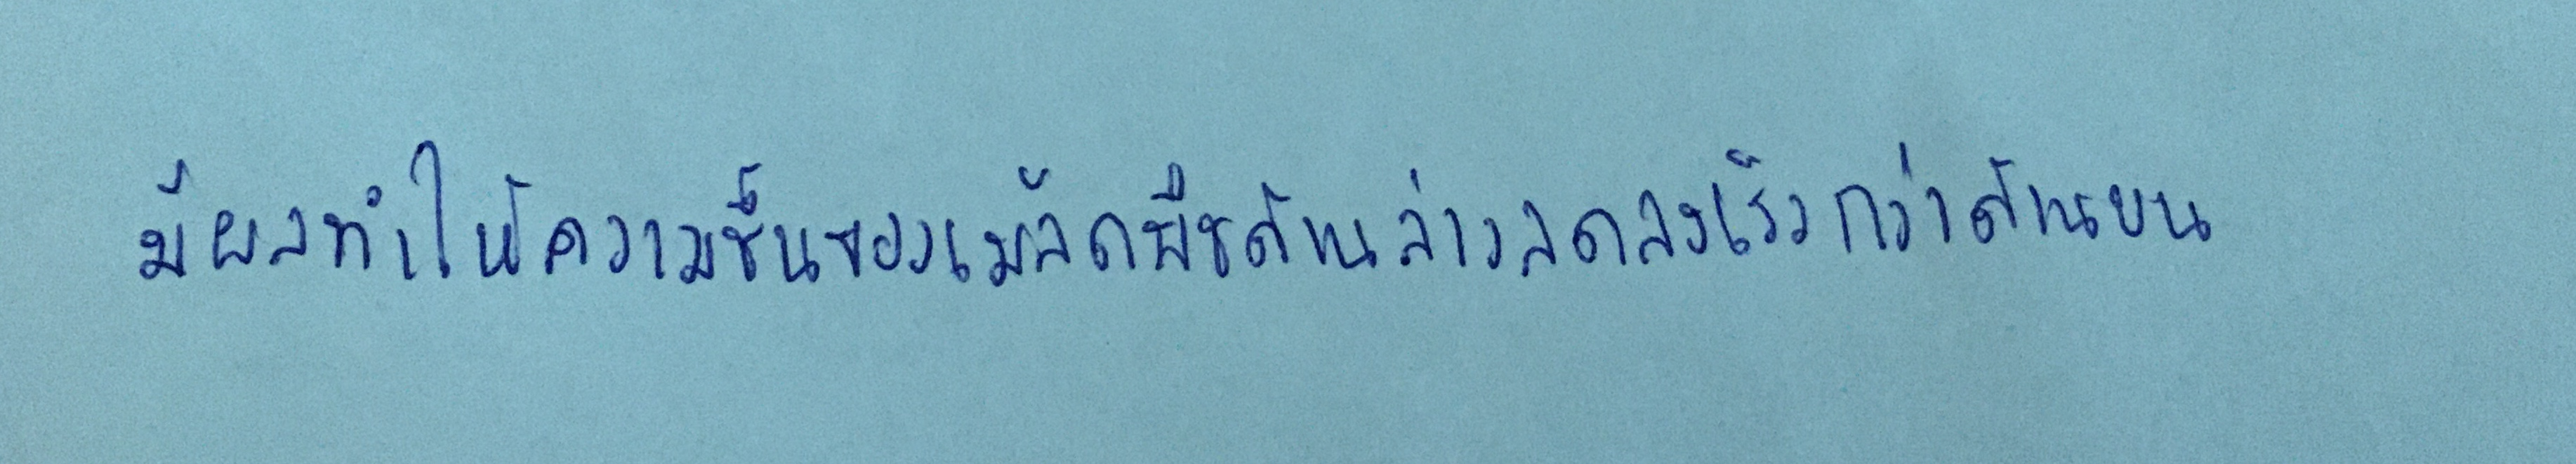
มีผลทำให้ความชื้นของเมล็ดพืชด้านล่างลดลงเร็วกว่าด้านบน